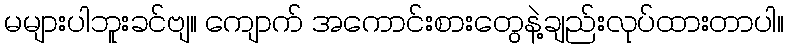
မများပါဘူးခင်ဗျ။ ကျောက် အကောင်းစားတွေနဲ့ချည်းလုပ်ထားတာပါ။